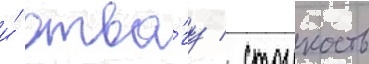
и́ отва́гу / стоикость